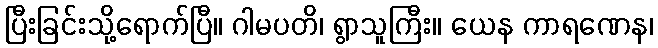
ပြီးခြင်းသို့ရောက်ပြီ။ ဂါမပတိ၊ ရွာသူကြီး။ ယေန ကာရဏေန၊